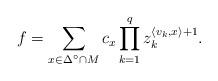
LaTeX: \begin{align*} f = \sum_{x \in \Delta^\circ \cap M} c_x \prod_{k=1}^q z_k^{\langle v_k, x \rangle + 1}.\end{align*}